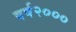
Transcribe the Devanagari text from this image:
वर्ष२०००